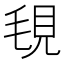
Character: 覒